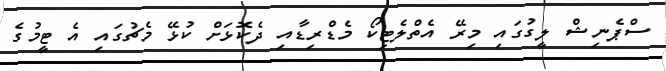
ސްޕެނިޝް ލީގުގައި މިރޭ އެތްލެޓިކޯ މެޑްރިޑާއި ދެކޮޅަށް ކުޅޭ މެޗުގައި އެ ޓީމުގެ